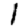
Digit: 1